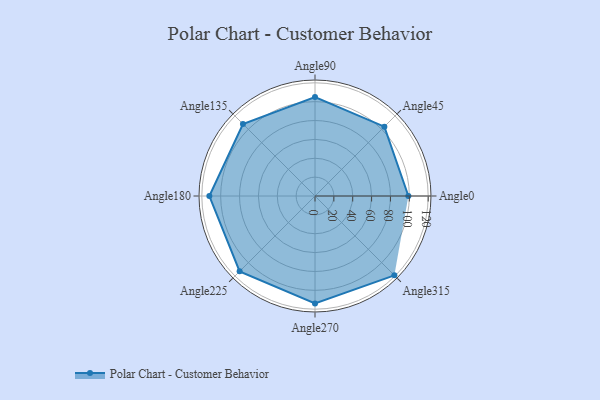
{"axis": {"x": "Angle", "y": "Radius"}, "legend": [""], "data": [{"x": "Angle0", "y": 99.0, "type": ""}, {"x": "Angle45", "y": 104.0, "type": ""}, {"x": "Angle90", "y": 105.0, "type": ""}, {"x": "Angle135", "y": 108.0, "type": ""}, {"x": "Angle180", "y": 112.0, "type": ""}, {"x": "Angle225", "y": 113.0, "type": ""}, {"x": "Angle270", "y": 114.0, "type": ""}, {"x": "Angle315", "y": 119.0, "type": ""}]}